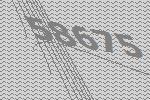
58675